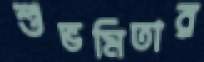
শুভমিতার